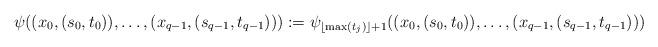
LaTeX: \begin{align*} \psi((x_0,(s_0,t_0)),\ldots,(x_{q-1},(s_{q-1},t_{q-1}))) :=\psi_{\lfloor\max(t_j)\rfloor+1}((x_0,(s_0,t_0)),\ldots,(x_{q-1},(s_{q-1},t_{q-1})))\end{align*}